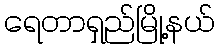
ရေတာရှည်မြို့နယ်